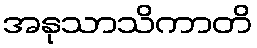
အနုသာသိကာတိ